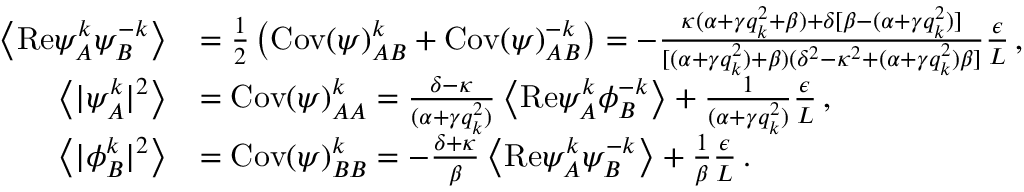
\begin{array} { r l } { \left\langle \mathrm { R e } { \psi } _ { A } ^ { k } { \psi } _ { B } ^ { - k } \right\rangle } & { = \frac { 1 } { 2 } \left( \mathrm { C o v } ( \psi ) _ { A B } ^ { k } + \mathrm { C o v } ( \psi ) _ { A B } ^ { - k } \right) = - \frac { \kappa ( \alpha + \gamma q _ { k } ^ { 2 } + \beta ) + \delta [ \beta - ( \alpha + \gamma q _ { k } ^ { 2 } ) ] } { [ ( \alpha + \gamma q _ { k } ^ { 2 } ) + \beta ) ( \delta ^ { 2 } - \kappa ^ { 2 } + ( \alpha + \gamma q _ { k } ^ { 2 } ) \beta ] } \frac { \epsilon } { L } \, , } \\ { \left\langle \vert { \psi } _ { A } ^ { k } \vert ^ { 2 } \right\rangle } & { = \mathrm { C o v } ( \psi ) _ { A A } ^ { k } = \frac { \delta - \kappa } { ( \alpha + \gamma q _ { k } ^ { 2 } ) } \left\langle \mathrm { R e } { \psi } _ { A } ^ { k } { \phi } _ { B } ^ { - k } \right\rangle + \frac { 1 } { ( \alpha + \gamma q _ { k } ^ { 2 } ) } \frac { \epsilon } { L } \, , } \\ { \left\langle \vert { \phi } _ { B } ^ { k } \vert ^ { 2 } \right\rangle } & { = \mathrm { C o v } ( \psi ) _ { B B } ^ { k } = - \frac { \delta + \kappa } { \beta } \left\langle \mathrm { R e } { \psi } _ { A } ^ { k } { \psi } _ { B } ^ { - k } \right\rangle + \frac { 1 } { \beta } \frac { \epsilon } { L } \, . } \end{array}